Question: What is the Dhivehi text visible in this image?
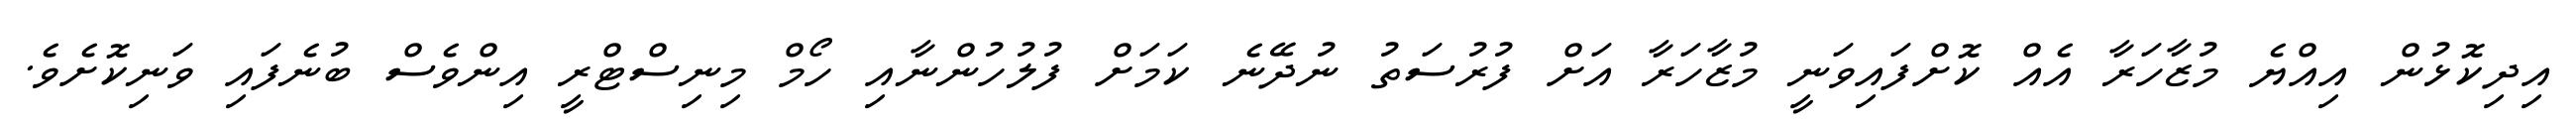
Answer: އިދިކޮޅުން އިއްޔެ މުޒާހަރާ އެއް ކޮށްފައިވަނީ މުޒާހަރާ އަށް ފުރުސަތު ނުދޭނެ ކަމަށް ފުލުހުންނާއި ހޯމް މިނިސްޓްރީ އިންވެސް ބުނެފައި ވަނިކޮށެވެ.